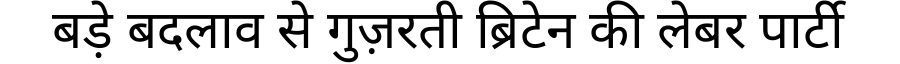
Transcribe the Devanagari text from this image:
बड़े बदलाव से गुज़रती ब्रिटेन की लेबर पार्टी